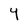
Character: 4